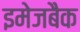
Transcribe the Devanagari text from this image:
इमेजबैक